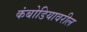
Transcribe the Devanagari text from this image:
कंबोडियावरील